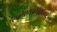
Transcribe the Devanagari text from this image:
लक्ष्मणप्रयागला